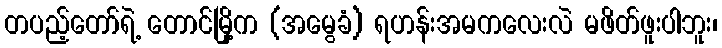
တပည့်တော်ရဲ့ တောင်မြို့က (အမွေခံ) ရဟန်းအမကလေးလဲ မဖိတ်ဖူးပါဘူး၊